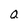
Character: a